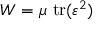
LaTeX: W = \mu ~ \mathrm { t r } ( { \boldsymbol { \varepsilon } } ^ { 2 } )